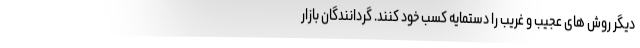
دیگر روش های عجیب و غریب را دستمایه کسب خود ‌کنند. گردانندگان بازار